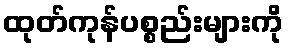
ထုတ်ကုန်ပစ္စည်းများကို